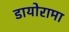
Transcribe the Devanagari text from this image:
डायोरामा